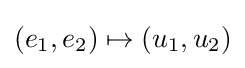
(e_{1},e_{2})\mapsto (u_{1},u_{2})